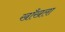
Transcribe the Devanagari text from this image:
खाँखला